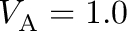
V _ { \mathrm { A } } = 1 . 0